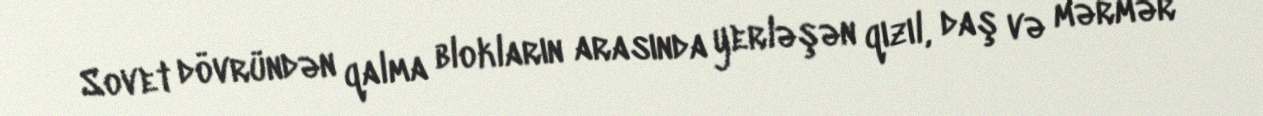
Sovet dövründən qalma blokların arasında yerləşən qızıl, daş və mərmər